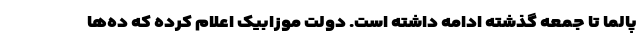
پالما تا جمعه گذشته ادامه داشته است. دولت موزابیک اعلام کرده که ده‌ها